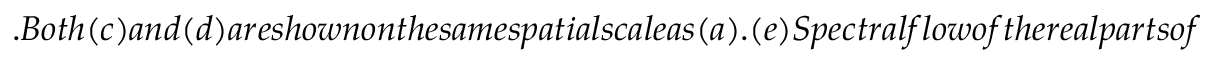
. B o t h ( c ) a n d ( d ) a r e s h o w n o n t h e s a m e s p a t i a l s c a l e a s ( a ) . ( e ) S p e c t r a l f l o w o f t h e r e a l p a r t s o f t h e 2 0 e i g e n v a l u e s o f